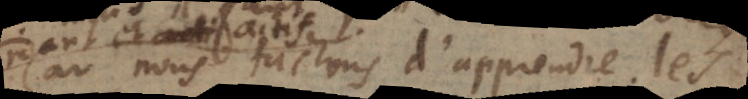
nous tachons d’apprendre le